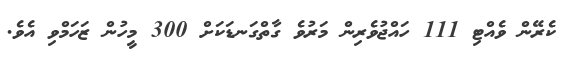
ކެރޭން ވެއްޓި 111 ހައްޖުވެރިން މަރުވެ ގާތްގަނޑަކަށް 300 މީހުން ޒަހަމްވި އެވެ.